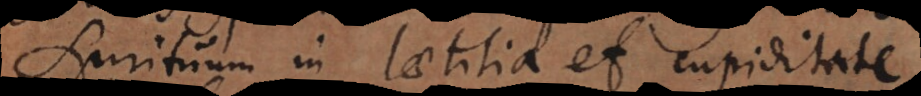
pirituum in laetitia et cupiditate